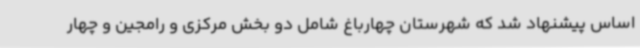
اساس پیشنهاد شد که شهرستان چهارباغ شامل دو بخش مرکزی و رامجین و چهار